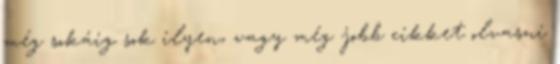
még sokáig sok ilyen, vagy még jobb cikket olvasni